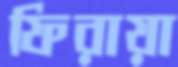
ফিরায়া